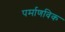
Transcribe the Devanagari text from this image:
पर्माणविक